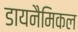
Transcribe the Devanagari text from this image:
डायनैमिकल